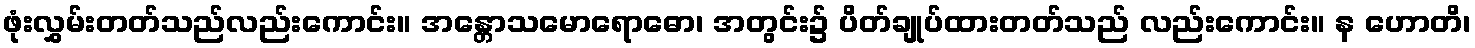
ဖုံးလွှမ်းတတ်သည်လည်းကောင်း။ အန္တောသမောရောဓော၊ အတွင်း၌ ပိတ်ချုပ်ထားတတ်သည် လည်းကောင်း။ န ဟောတိ၊